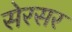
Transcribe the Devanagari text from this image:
सेरसर